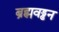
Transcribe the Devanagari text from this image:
ब्रह्मवड्ढन